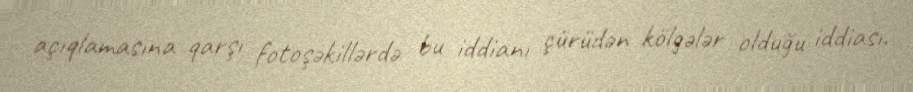
açıqlamasına qarşı fotoşəkillərdə bu iddianı çürüdən kölgələr olduğu iddiası.